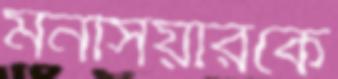
মনসিয়ারকে